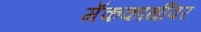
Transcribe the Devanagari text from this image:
मॅककार्थीवर